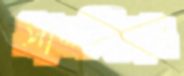
সানজিয়াং